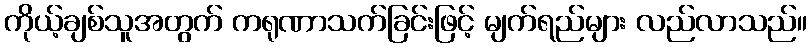
ကိုယ့်ချစ်သူအတွက် ကရုဏာသက်ခြင်းဖြင့် မျက်ရည်များ လည်လာသည်။